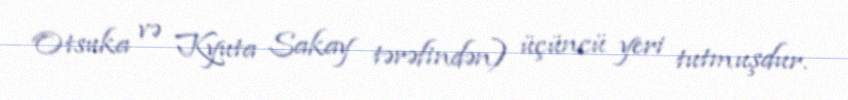
Otsuka və Kyuta Sakay tərəfindən) üçüncü yeri tutmuşdur.